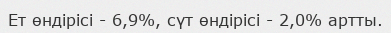
Ет өндірісі - 6,9%, сүт өндірісі - 2,0% артты.